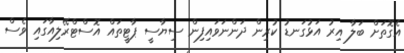
އެގޮތަށް ބަލާ އިރު އަޅުގަނޑު ކުރިން ދަންނަވައިފިން ސިޔާސީ ޕާޓީތައް އޮސްޓްރޭލިއާގައި ވެސް